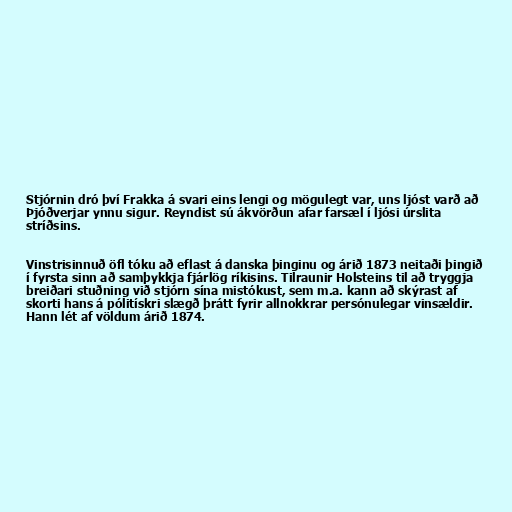
Stjórnin dró því Frakka á svari eins lengi og mögulegt var, uns ljóst varð að
Þjóðverjar ynnu sigur. Reyndist sú ákvörðun afar farsæl í ljósi úrslita
stríðsins.

Vinstrisinnuð öfl tóku að eflast á danska þinginu og árið 1873 neitaði þingið
í fyrsta sinn að samþykkja fjárlög ríkisins. Tilraunir Holsteins til að tryggja
breiðari stuðning við stjórn sína mistókust, sem m.a. kann að skýrast af
skorti hans á pólitískri slægð þrátt fyrir allnokkrar persónulegar vinsældir.
Hann lét af völdum árið 1874.